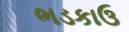
ભડકાઉ